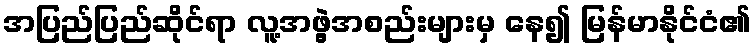
အပြည်ပြည်ဆိုင်ရာ လူ့အဖွဲ့အစည်းများမှ နေ၍ မြန်မာနိုင်ငံ၏